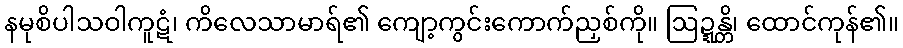
နမုစိပါသဝါကူဋံ၊ ကိလေသာမာရ်၏ ကျော့ကွင်းကောက်ညှစ်ကို။ ဩဍ္ဍန္တိ၊ ထောင်ကုန်၏။